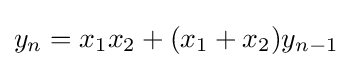
y_{n}=x_{1}x_{2}+(x_{1}+x_{2})y_{n-1}